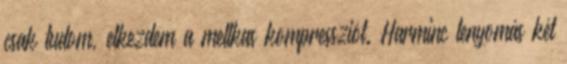
csak tudom, elkezdem a mellkas kompressziót. Harminc lenyomás két